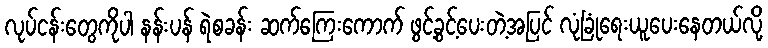
လုပ်ငန်းတွေကိုပါ နန်းပန် ရဲစခန်း ဆက်ကြေးကောက် ဖွင့်ခွင့်ပေးတဲ့အပြင် လုံခြုံရေးယူပေးနေတယ်လို့